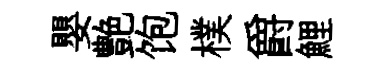
嬰艶饱樸爵鯉